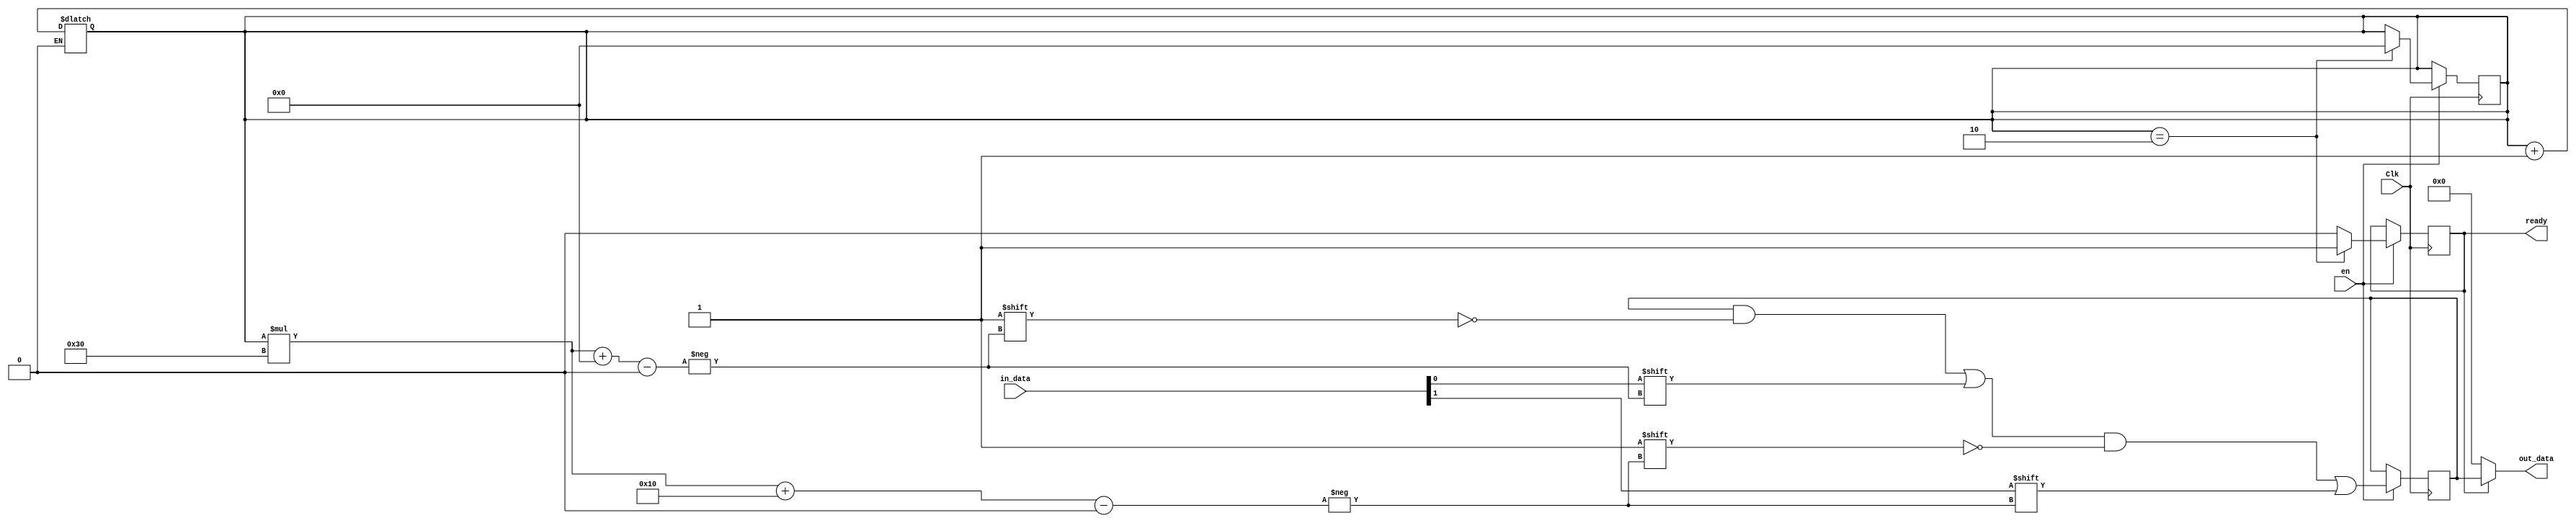
module deinterleaver(
    in_data,
    out_data,
    Clk,
    ready,
    en
);
    parameter N_CBPS = 48;
    parameter N_BPSC = 1;
    parameter length = 96;
    input [1:0]in_data;
    input Clk;
    input en;
    output [length-1:0]out_data;
    output reg ready;

    wire[2:0] S_deinterleave;
    reg [47:0] counter = 0;
    reg [10:0]step_counter = 0;
    wire [10:0]step;
    wire [10:0]first_permutation0 , first_permutation1;
    wire [10:0]second_permutation0 , second_permutation1;
    reg [length-1:0]deinterleave_stage2;

    assign S_deinterleave = (N_BPSC/2 < 1) ? 1 : N_BPSC/2;
    assign step = length/N_CBPS;

    assign first_permutation0 = S_deinterleave * (counter/S_deinterleave) + (counter + 16 * counter/N_CBPS)%S_deinterleave;
    assign first_permutation1 = S_deinterleave * ((counter + 1)/S_deinterleave) + ((counter + 1) + 16 * (counter + 1)/N_CBPS)%S_deinterleave;
    assign second_permutation0 = 16*first_permutation0 - (N_CBPS - 1)*(16*first_permutation0/N_CBPS);
    assign second_permutation1 = 16*first_permutation1 - (N_CBPS - 1)*(16*first_permutation1/N_CBPS);

    assign out_data = (ready) ? deinterleave_stage2 : 0;

    always @(counter) begin

    
        if(counter == N_CBPS)begin

            step_counter <= step_counter + 1;
            counter <= 0;

        end
    
    end

    always @(posedge Clk) begin

        if(en)begin
            
            counter <= counter + 2 ;
            deinterleave_stage2[step_counter * N_CBPS + second_permutation0] <= in_data[0];
            deinterleave_stage2[step_counter * N_CBPS + second_permutation1] <= in_data[1];

            if(step_counter == step)begin
                ready <= 1'b1;
                step_counter <= 0;
                counter <= 0;
            end
            else
                ready <= 1'b0;
        end
    end

    endmodule